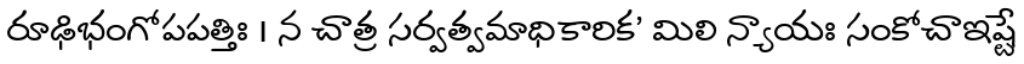
రూఢిభంగోపపత్తిః । న చాత్ర సర్వత్వమాధికారిక' మిలి న్యాయః సంకోచాఇష్టే